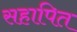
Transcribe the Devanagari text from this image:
सहापित